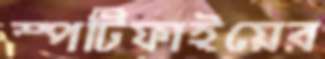
স্পটিফাইয়ের